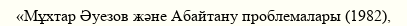
«Мұхтар Әуезов және Абайтану проблемалары (1982),